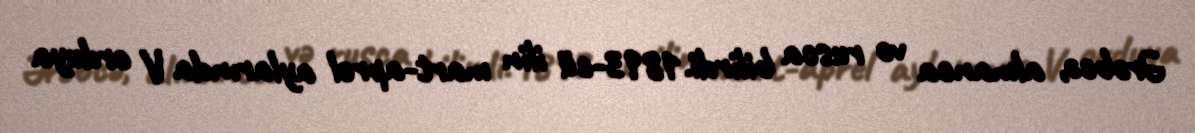
Ərəbcə, almanca və rusca bilirdi.1893-cü ilin mart-aprel aylarında V orduya